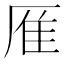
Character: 㕍